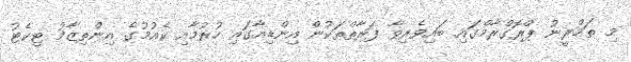
މި ތަމްރީނު ޕްރޮގްރާމްގައި ބައިވެރިވާ ފަރާތްތަކުން އިންޑިއާގައި ހުރުމާއި ކެއުމުގެ އިންތިޒާމު ޓިކެޓު